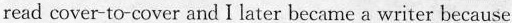
read cover-to-cover and I later became a writer because